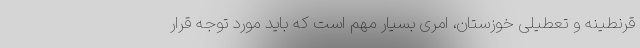
قرنطینه و تعطیلی خوزستان، امری بسیار مهم است که باید مورد توجه قرار